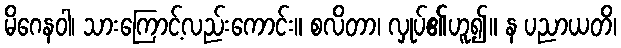
မိဂေနဝါ၊ သားကြောင့်လည်းကောင်း။ စလိတာ၊ လှုပ်၏ဟူ၍။ န ပညာယတိ၊